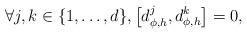
LaTeX: \begin{align*}\forall j , k \in \{ 1 , \ldots , d \} , \big[ d_{\phi , h}^{j} , d_{\phi , h}^{k} \big] = 0 ,\end{align*}